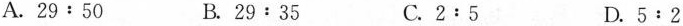
A. $$2 9 : 5 0$$ B.$$2 9﹔3 5$$ C：$$2﹔5$$ D. $$5 : 2$$